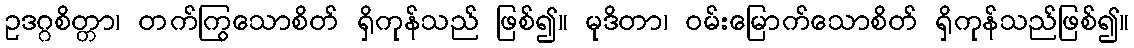
ဥဒဂ္ဂစိတ္တာ၊ တက်ကြွသောစိတ် ရှိကုန်သည် ဖြစ်၍။ မုဒိတာ၊ ဝမ်းမြောက်သောစိတ် ရှိကုန်သည်ဖြစ်၍။